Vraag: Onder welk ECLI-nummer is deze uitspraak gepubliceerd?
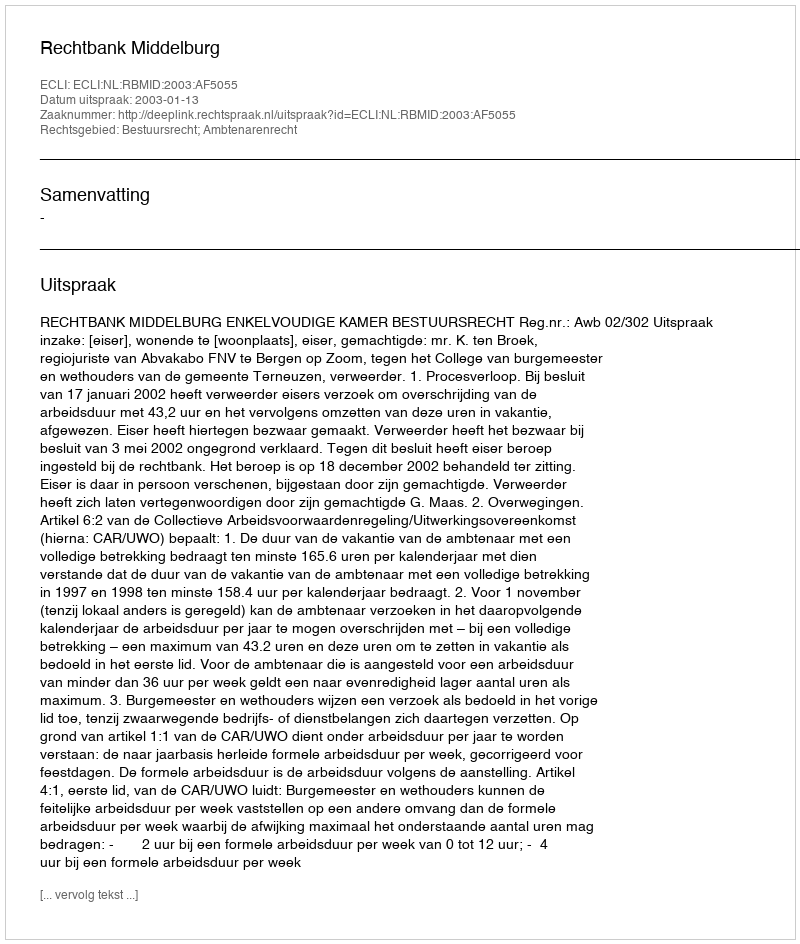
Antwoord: ECLI:NL:RBMID:2003:AF5055